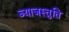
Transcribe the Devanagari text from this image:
ब्याजस्तुति